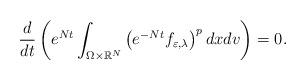
LaTeX: \begin{align*}\frac{d}{dt}\left( e^{Nt}\int_{\Omega \times \mathbb{R}^{N}}\left(e^{-Nt}f_{\varepsilon ,\lambda }\right) ^{p}dxdv\right) =0. \end{align*}